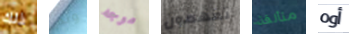
ذلك وثم موجه تفهمون متألقة أوه